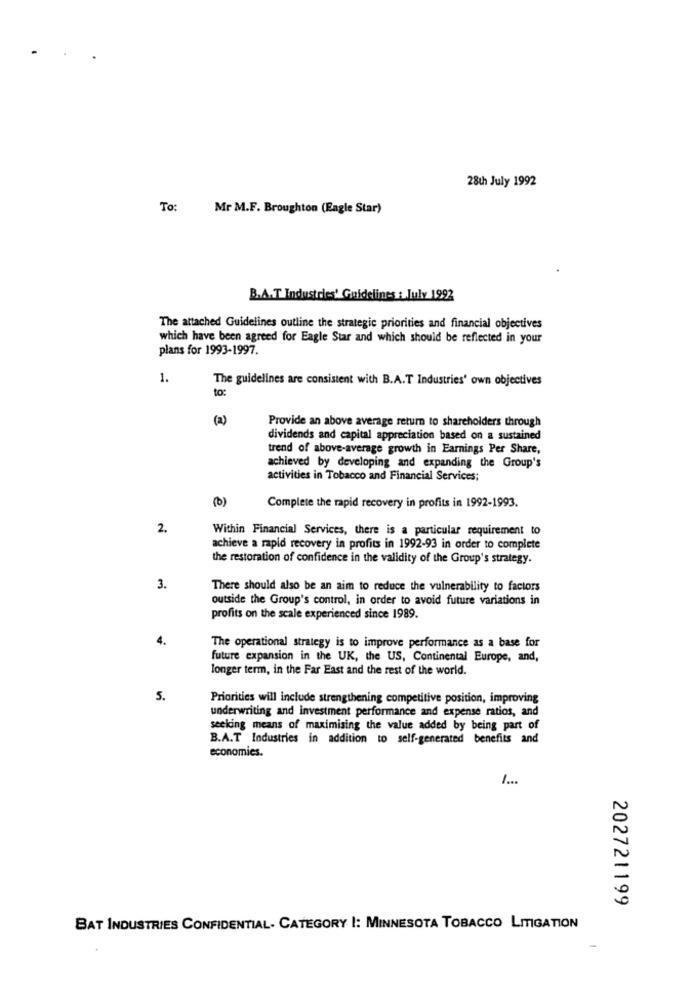
28th July 1992
To:
Mr M.F. Broughton (Eagle Star)
B.A.T Industries' Guidelines : July 1992
The attached Guidelines outline the strategic priorities and financial objectives
which have been agreed for Eagle Star and which should be reflected in your
plans for 1993-1997.
1.
The guidelines are consistent with B.A.T Industries' own objectives
to:
(a)
Provide an above average return to shareholders through
dividends and capital appreciation based on a sustained
trend of above-average growth in Earnings Per Share,
achieved by developing and expanding the Group's
activities in Tobacco and Financial Services;
(0)
Complete the rapid recovery in profits in 1992-1993.
2.
Within Financial Services, there is a particular requirement to
achieve a rapid recovery in profits in 1992-93 in order to complete
the restoration of confidence in the validity of the Group's strategy.
3.
There should also be an aim to reduce the vulnerability to factors
outside the Group's control, in order to avoid future variations in
profits on the scale experienced since 1989.
4.
The operational strategy is to improve performance as a base for
future expansion in the UK, the US, Continental Europe, and,
longer term, in the Far East and the rest of the world.
5.
Priorities will include strengthening competitive position, improving
underwriting and investment performance and expense ratios, and
seeking means of maximising the value added by being part of
B.A.T Industries in addition to self-generated benefits and
economies.
1.
202721199
BAT INDUSTRIES CONFIDENTIAL- CATEGORY I: MINNESOTA TOBACCO LITIGATION